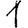
Digit: 1